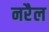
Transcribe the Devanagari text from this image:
नरैल